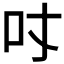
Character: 𠮼